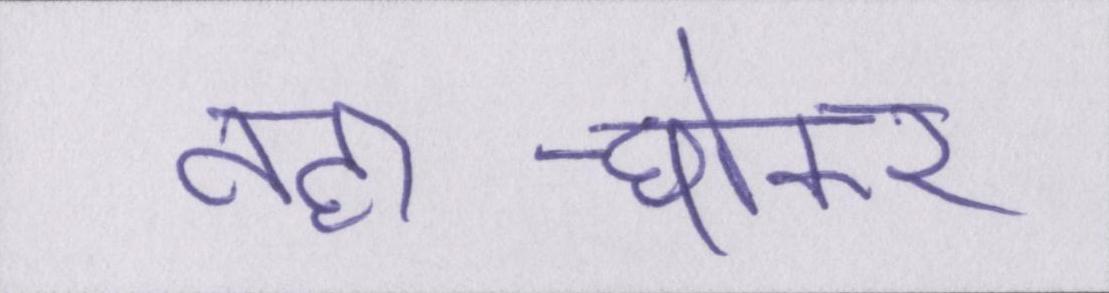
नहा-धोकर